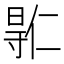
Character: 𫴮